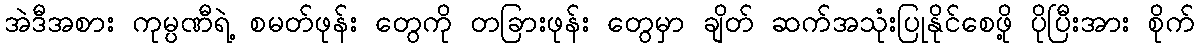
အဲဒီအစား ကုမ္ပဏီရဲ့ စမတ်ဖုန်း တွေကို တခြားဖုန်း တွေမှာ ချိတ် ဆက်အသုံးပြုနိုင်စေဖို့ ပိုပြီးအား စိုက်